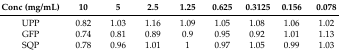
<table><thead><tr><td><b>Conc (mg/mL)</b></td><td><b>10</b></td><td><b>5</b></td><td><b>2.5</b></td><td><b>1.25</b></td><td><b>0.625</b></td><td><b>0.3125</b></td><td><b>0.156</b></td><td><b>0.078</b></td></tr></thead><tbody><tr><td>UPP</td><td>0.82</td><td>1.03</td><td>1.16</td><td>1.09</td><td>1.05</td><td>1.08</td><td>1.06</td><td>1.02</td></tr><tr><td>GFP</td><td>0.74</td><td>0.81</td><td>0.89</td><td>0.9</td><td>0.95</td><td>0.92</td><td>1.01</td><td>1.13</td></tr><tr><td>SQP</td><td>0.78</td><td>0.96</td><td>1.01</td><td>1</td><td>0.97</td><td>1.05</td><td>0.99</td><td>1.03</td></tr></tbody></table>